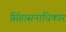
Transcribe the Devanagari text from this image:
सिंहासनाधिकार